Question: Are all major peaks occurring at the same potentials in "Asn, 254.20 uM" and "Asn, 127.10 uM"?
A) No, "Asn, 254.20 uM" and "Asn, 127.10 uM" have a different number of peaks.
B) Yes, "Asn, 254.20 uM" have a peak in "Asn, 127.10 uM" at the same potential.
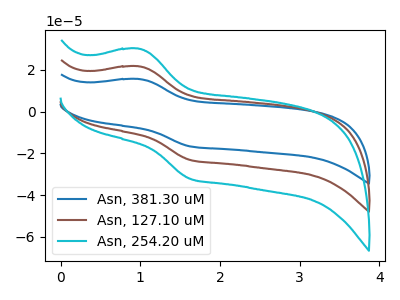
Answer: <think>The blue curve "Asn, 381.30 uM" has an anodic peak at (1.00V, 43.40uA) and a cathodic peak at (1.65V, -46.40uA). The brown curve "Asn, 127.10 uM" has an anodic peak at (1.00V, 21.70uA) and a cathodic peak at (1.65V, -23.20uA). The cyan curve "Asn, 254.20 uM" has an anodic peak at (1.00V, 30.15uA) and a cathodic peak at (1.65V, -32.25uA).</think>
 <answer>B) Yes, "Asn, 254.20 uM" have a peak in "Asn, 127.10 uM" at the same potential.</answer>
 <eval>B</eval>